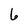
Character: 6